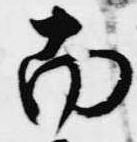
南